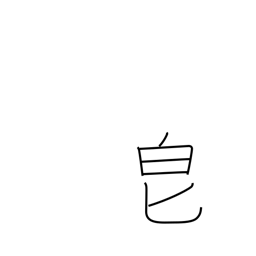
Meaning: fragrant